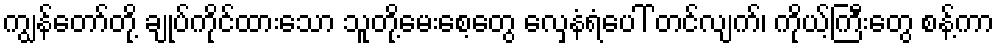
ကျွန်တော်တို့ ချုပ်ကိုင်ထားသော သူတို့မေးစေ့တွေ လှေနံရံပေါ် တင်လျက်၊ ကိုယ့်ကြီးတွေ စန့်ကာ